Annual statistical returns and brief notes on vaccination in Bengal - 1887-1898
Year: 1887
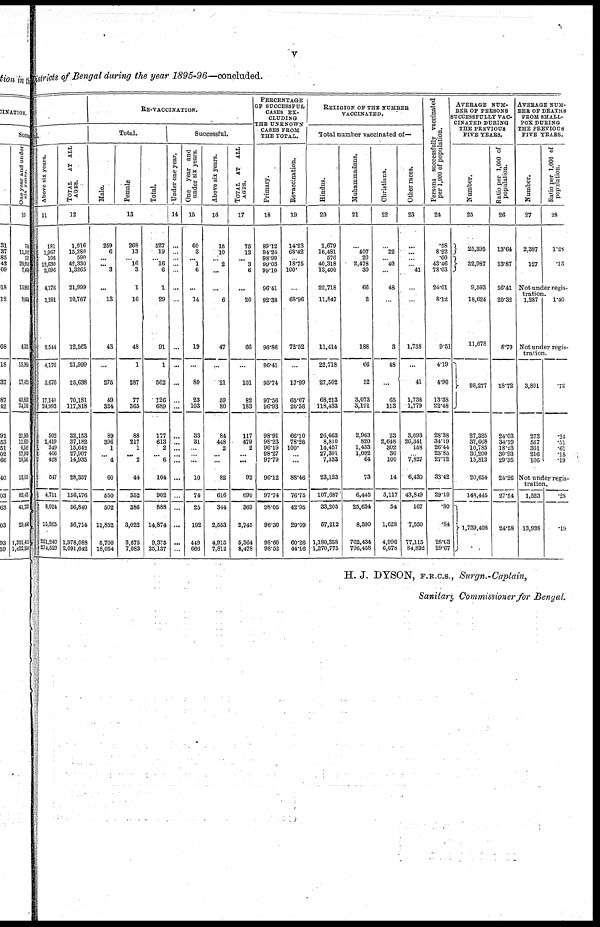
v
Districts of Bengal during the year 1895-96—concluded.
tal.
Above six years.
11
181
1,967
108
12,630
2,096
4,176
1,291
2,544
4,176
3,676
17,141
24,993
502
2,419
349
466
428
547
4,711
8,024
15,265
251,240
271,529
TOTAL
AT ALL
AGES.
12
1,016
15,286
590
42,330
1,3265
21,999
10,767
12,565
21,999
25,638
70,181
117,818
32,153
37,182
15,642
27,907
14,935
28,357
156,176
56,840
56,714
1,978,088
2,091,642
RE-VACCINATION.
Total.
Male.
Female
Total.
13
259
6
...
... 3
...
13
43
...
275
49
324
89
396
1
...
4
60
550
502
11,852
5,700
18,054
268
13
...
16
3
1
16
48
1
287
77
365
88
217
1
... 2
44
352
386
3,022
3,675
7,083
527
19
... 16
6
1
29
91
1
562
126
689
177
613
2
...
6
104
902
888
14,874
9,375
25,137
Successful.
Under one year.
14
...
...
...
...
...
...
...
...
...
...
...
...
...
...
...
...
...
...
...
...
...
...
...
One year and
under six years.
15
60
3
... 1
6
...
14
19
...
80
23
103
33
31
...
...
...
10
74
25
192
449
666
Above six years.
16
15
10
...
2
...
...
6
47
...
21
59
80
84
448
2
...
...
82
616
344
2,553
4,915
7,812
TOTAL AT ALL
AGES.
17
75
13
...
3
6
...
20
66
...
101
82
183
117
479
2
...
...
92
690
369
2,745
5,364
8,478
PERCENTAGE
OF SUCCESSFUL
CASES EX-
CLUDING
THE UNKNOWN
CASES FROM
THE TOTAL.
Primary.
18
89.12
94.24
98.99
99.03
90.10
96.41
92.38
96.86
96.41
95.74
97.56
96.93
98.91
98.23
96.19
98.27
97.79
96.12
97.74
98.05
96.30
98.60
98.52
Revaccination.
19
14.23
68.42
...
18.75
100.
...
68.96
72.52
...
17.99
65.07
26.56
66.10
78.26
100.
...
...
88.46
76.75
42.95
29.09
60.26
44.16
RELIGION OF THE NUMBER
VACCINATED.
Total number vaccinated of—
Hindus.
20
1,679
16,481
576
40,318
13,400
22,718
11,847
11,414
22,718
27,502
68,213
118,433
26,663
8,810
14,457
27,301
7,333
23,123
107,687
33,205
57,212
1,180,358
1,270,775
Muhammadans.
21
...
407
20
2,478
30
66
2
188
66
52
3,073
3,191
2,963
820
1,433
1,092
64
73
6,445
25,634
8,390
762,434
796,458
Christians.
22
...
22
...
40
...
48
...
3
48
...
65
113
23
2,648
302
30
100
14
3,117
54
1,628
4,996
6,678
Other races.
23
...
...
...
...
41
...
...
1,738
...
41
1,738
1,779
3,093
26,341
158
...
7,827
6,430
43,849
167
7,550
77,115
84,832
Persons successfully vaccinated
per 1,000 of population.
24
.58
8.22
.60
43.46
78.03
24.01
8.12
9.51
419
4.90
13.38
22.48
28.38
34.19
26.44
23.85
27.72
33.42
29.10
.80
.84
28.03
29.67
AVERAGE NUM-
--- OF PERSONS
SUCCESSFULLY VAC-
CINATED DURING
THE PREVIOUS
FIVE YEARS.
Number.
25
25,395
32,987
9,593
18,624
11,678
98,277
27,325
37,668
10,785
36,200
15,813
20,654
148,445
1,789,408
Ratio per 1,000 of
population.
26
13.64
33.87
56.41
20.32
8.79
18.72
24.03
34.19
18.23
30.93
29.35
24.26
27.54
24.58
AVERAGE NUM-
--- OF DEATHS
FROM SMALL-
FOX DURING
THE PREVIOUS
FIVE YEARS.
Number.
27
2,387
127
Ratio per 1,000 of
population.
28
1.28
.13
Not under regis-
tration.
1,287
1.40
Not under regis-
tration.
3,801
273
567
361
216
106
.72
.24
.51
.61
.18
.19
Not under regis-
tration.
1,523
13,938
.28
.19
H. J. DYSON, F.R.C.S., Surgn.-Captain,
Sanitary Commissioner for Bengal.